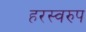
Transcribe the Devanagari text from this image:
हरस्वरुप